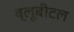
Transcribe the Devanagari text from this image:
ब्‍लूबीटल